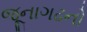
જૂનાગઢનો